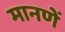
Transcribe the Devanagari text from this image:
मानणें